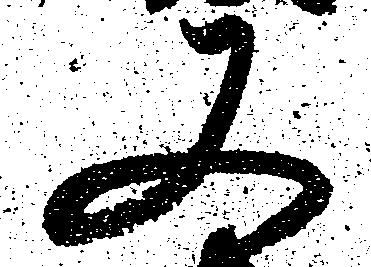
又